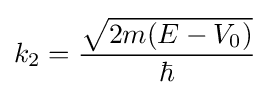
k_{2}={\frac {\sqrt {2m(E-V_{0})}}{\hbar }}